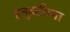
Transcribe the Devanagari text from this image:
हनुवटीच्या